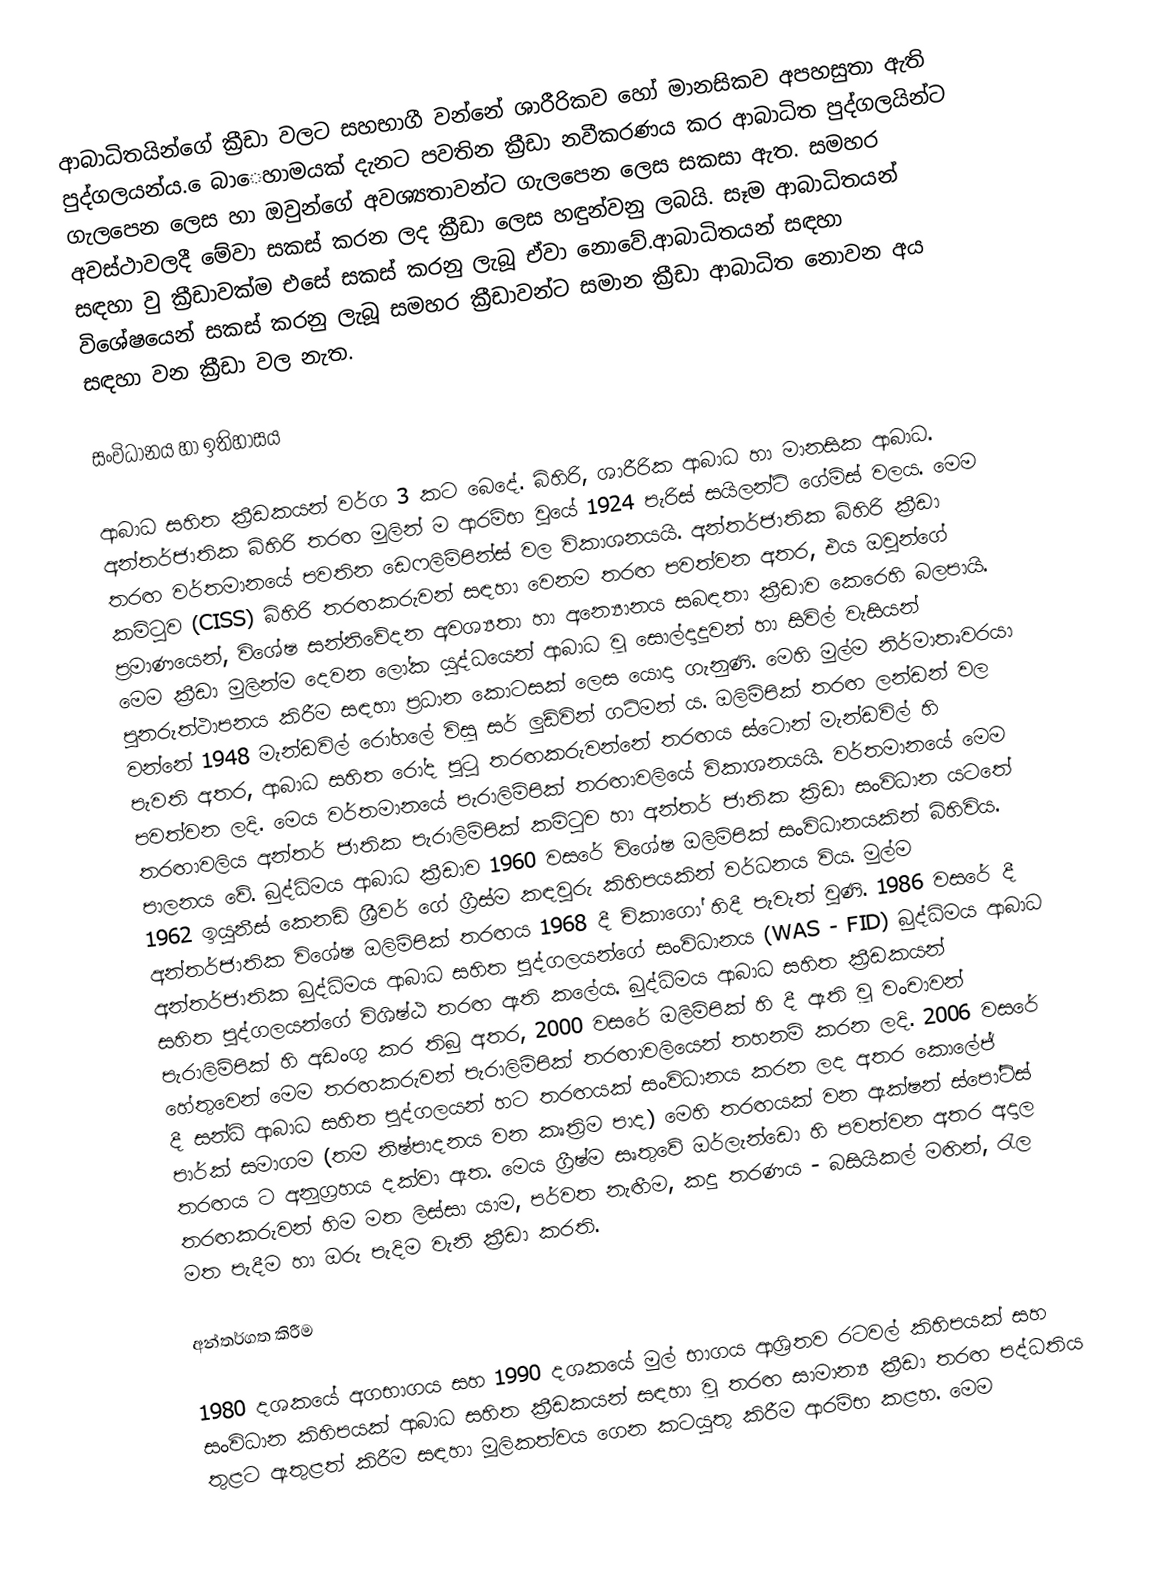
ආබාධිතයින්ගේ ක්‍රීඩා වලට සහභාගී වන්නේ ශාරීරිකව හෝ මානසිකව අපහසුතා ඇති පුද්ගලයන්ය. ‍ෙබා‍ෙහාමයක් දැනට පවතින  ක්‍රීඩා නවීකරණය කර ආබාධිත පුද්ගලයින්ට ගැලපෙන ලෙස හා ඔවුන්ගේ අවශ්‍යතාවන්ට ගැලපෙන ලෙස සකසා ඇත. සමහර අවස්ථාවලදී මේවා සකස් කරන ලද ක්‍රීඩා ලෙස හඳුන්වනු ලබයි. සෑම ආබාධිතයන් සඳහා වු ක්‍රීඩාවක්ම එසේ සකස් කරනු ලැබූ ඒවා නොවේ.ආබාධිතයන් සඳහා විශේෂයෙන් සකස් කරනු ලැබූ සමහර ක්‍රීඩාවන්ට සමාන ක්‍රීඩා ආබාධිත නොවන අය සඳහා වන ක්‍රීඩා වල නැත.

සංවිධානය හා ඉතිහාසය

ආබාධ සහිත ක්‍රීඩකයන් වර්ග 3 කට බෙදේ. බිහිරි, ශාරීරික ආබාධ හා මානසික ආබාධ. අන්තර්ජාතික බිහිරි තරඟ මුලින් ම ආරම්භ වුයේ 1924 පැරිස් සයිලන්ට්  ගේම්ස් වලය. මෙම තරඟ වර්තමානයේ  පවතින ඩෙෆලිම්පින්ස් වල විකාශනයයි. අන්තර්ජාතික බිහිරි ක්‍රීඩා කමිටුව (CISS)   බිහිරි තරඟකරුවන් සඳහා වෙනම  තරඟ පවත්වන අතර, එය ඔවුන්ගේ ප්‍රමාණයෙන්, විශේෂ සන්නි‍වේදන  අවශ්‍යතා හා  අන්‍යොනය සබඳතා  ක්‍රීඩාව  කෙරෙහි බලපායි. මෙම ක්‍රීඩා මුලින්ම දෙවන ලෝක යුද්ධයෙන් ආබාධ වූ සොල්දාදුවන් හා සිවිල් වැසියන් පුනරුත්ථාපනය කිරී‍ම සඳහා ප්‍රධාන කොටසක් ලෙස යොදා ගැනුණි. මෙහි මුල්ම නිර්මාතෘවරයා වන්නේ 1948 මැන්ඩවිල් රෝහලේ විසූ සර් ලුඩ්වින් ගට්මන් ය. ඔලිම්පික් තරඟ ලන්ඩන් වල පැවති අතර, ආබාධ සහිත රෝද පුටු තරඟකරුවන්නේ තරඟය ස්ටොන් මැන්ඩවිල් හි පවත්වන ලදි. මෙය වර්තමානයේ පැරාලිම්පික් තරඟාවලියේ විකාශනයයි. වර්තමානයේ මෙම තරඟාවලිය අන්තර්  ජාතික පැරාලිම්පික් කමිටුව හා අන්තර් ජාතික ක්‍රිඩා සංවිධාන යටතේ පාලනය වේ.  බුද්ධිමය ආබාධ ක්‍රීඩාව 1960 වසරේ  විශේෂ ඔලිම්පික් සංවිධානයකින් බිහිවිය. 1962 ඉයුනීස් කෙනඩි ශ්‍රීවර් ගේ ග්‍රීස්ම කඳවුරු කිහිපයකින් වර්ධනය විය. මුල්ම අන්තර්ජාතික විශේෂ ඔලිම්පික් තරඟය 1968 දී  චිකාගෝ හිදී පැවැත් වුණි. 1986 වසරේ දී අන්තර්ජාතික බුද්ධිමය ආබාධ සහිත පුද්ගලයන්ගේ සංවිධානය (WAS - FID) බුද්ධිමය ආබාධ සහිත පුද්ගලයන්ගේ විශිෂ්ඨ තරඟ ඇති කලේය.  බුද්ධිමය ආබාධ සහිත ක්‍රීඩකයන් පැරාලිම්පික් හි අඩංගු  කර තිබු අතර, 2000 වසරේ ඔලිම්පික් හි දී ඇති වූ වංචාවන් හේතුවෙන් මෙම තරඟකරුවන් පැරාලිම්පික් තරඟාවලියෙන් තහනම් කරන ලදි. 2006 වසරේ දී සන්ධි ආබාධ සහිත පුද්ගලයන් හට තරඟයක් සංවිධානය කරන ලද අතර කොලේජ්  පාර්ක් සමාගම (තම නිෂ්පාදනය වන කෘත්‍රිම පාද) මෙහි තරඟයක් වන ඇක්ෂන් ස්පෝට්ස් තරඟය  ට අනුග්‍රහය දක්වා ඇත. මෙය ග්‍රීෂ්ම සෘතුවේ ඔර්ලැන්ඩො හි පවත්වන අතර අදාල තරඟකරුවන් හිම මත ලිස්සා යාම, පර්වත නැඟීම, කදු තරණය - බසියිකල් මඟින්, රැල මත පැදීම හා ඔරු පැදිම වැනි ක්‍රීඩා කරති.

අන්තර්ගත කිරීම

1980 දශකයේ අගභාගය සහ 1990 දශකයේ මුල් භාග‍ය ආශ්‍රිතව රටවල් කිහිපයක් සහ සංවිධාන කිහිපයක් ආබාධ සහිත ක්‍රීඩකයන් සඳහා වූ තරඟ සාමාන්‍ය ක්‍රීඩා තරඟ පද්ධතිය තුළට ඇතුළත් කිරීම සඳහා මූලිකත්වය ගෙන කටයුතු කිරීම ආරම්භ කළහ. මෙම